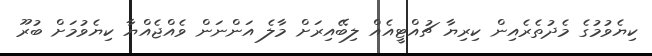
ކިޔެވުމުގެ މެދުތެރެއިން ކިރިޔާ ޗުއްޓީއެއް ލިބޭއިރަށް މާލެ އަންނަން ވެއްޖެއްޔާ ކިޔެވުމަށް ބުރޫ